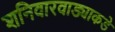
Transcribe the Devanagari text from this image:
शनिवारवाड्याकडे